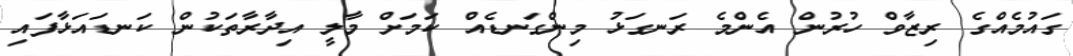
ގައުމެއްގެ ރިޒާވް ހުރުން އެންމެ ރަނގަޅު މިންގަނޑެއް ކަމަށް މާލީ އިދާރާތަކުން ކަނޑައަޅާފައި